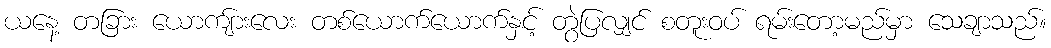
ယနေ့ တခြား ယောကျ်ားလေး တစ်ယောက်ယောက်နှင့် တွဲပြလျှင် စတူးဝပ် ရမ်းတော့မည်မှာ သေချာသည်။